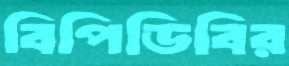
বিপিডিবির